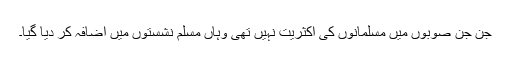
جن جن صوبوں میں مسلمانوں کی اکثریت نہیں تھی وہاں مسلم نشستوں میں اضافہ کر دیا گیا۔